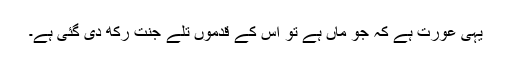
یہی عورت ہے کہ جو ماں ہے تو اس کے قدموں تلے جنت رکھ دی گئی ہے۔